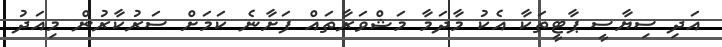
އަދި ސިޔާސީ ޕާޓީތަކާ އެކު މާދަމާ މަޝްވަރާތައް ފަށާނެ ކަމަށް ސަރުކާރުން މިއަދު